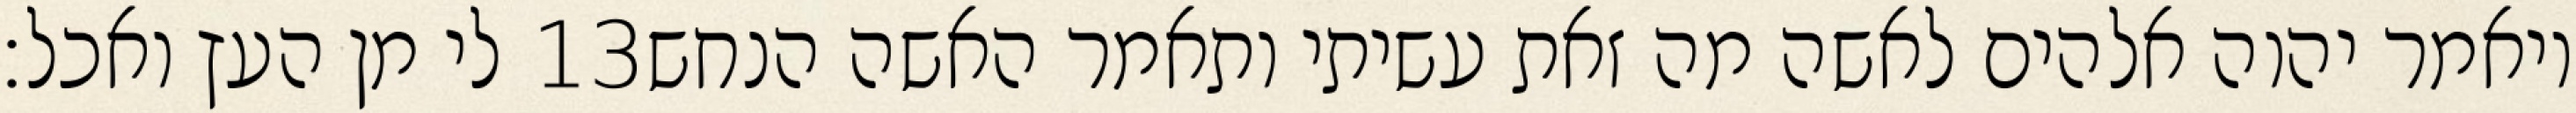
לי מן העץ ואכל׃ ‎13‏ ויאמר יהוה אלהים לאשה מה זאת עשיתי ותאמר האשה הנחש